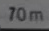
70m